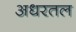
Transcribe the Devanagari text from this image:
अधरतल